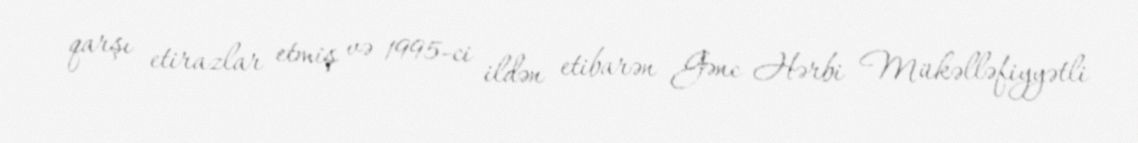
qarşı etirazlar etmiş və 1995-ci ildən etibarən Gənc Hərbi Mükəlləfiyyətli